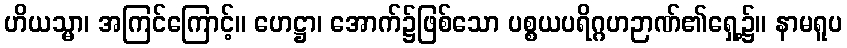
ဟိယသ္မာ၊ အကြင်ကြောင့်။ ဟေဋ္ဌာ၊ အောက်၌ဖြစ်သော ပစ္စယပရိဂ္ဂဟဉာဏ်၏ရှေ့၌။ နာမရူပ